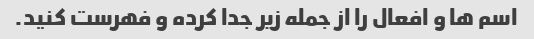
اسم ها و افعال را از جمله زیر جدا کرده و فهرست کنید.